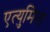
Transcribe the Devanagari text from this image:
एत्‍युमिना